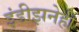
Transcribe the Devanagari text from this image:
इंडीझनेही